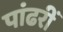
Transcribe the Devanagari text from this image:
पांढरीं